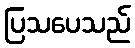
ပြသပေသည်